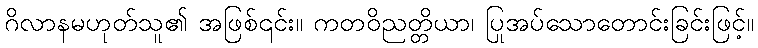
ဂိလာနမဟုတ်သူ၏ အဖြစ်၎င်း။ ကတဝိညတ္တိယာ၊ ပြုအပ်သောတောင်းခြင်းဖြင့်။